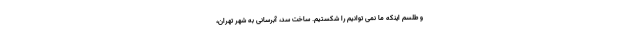
و طلسم اینکه ما نمی توانیم را شکستیم. ساخت سد، آبرسانی به شهر تهران،